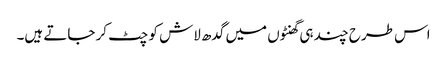
اس طرح چند ہی گھنٹوں میں گدھ لاش کو چٹ کر جاتے ہیں۔